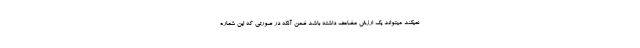
نمیکند میتواند یک ارزش مضاعف داشته باشد ضمن آنکه در صورتی که این شماره